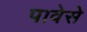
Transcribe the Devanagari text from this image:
पावेसे